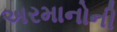
અરમાનોની